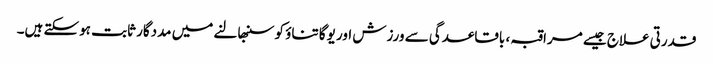
قدرتی علاج جیسے مراقبہ ، باقاعدگی سے ورزش اور یوگا تناؤ کو سنبھالنے میں مددگار ثابت ہوسکتے ہیں۔